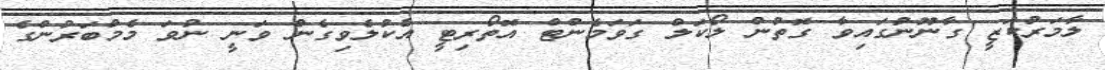
ލާމަރުކަޒީ ގާނޫނުގައިވާ ގޮތުން ލޯކަލް ގަވަމެންޓް އޮތޯރިޓީ އެކުލެވިގެން ވަނީ ނުވަ މެމްބަރުންގެ